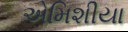
એમિશીયા